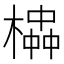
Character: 𪳱